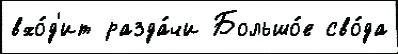
вхо́д'ит разда́чи Большо́е сво́да